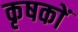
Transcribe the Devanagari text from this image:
कृषकाें